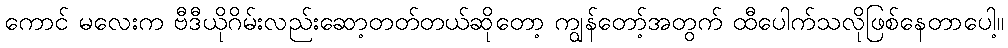
ကောင် မလေးက ဗီဒီယိုဂိမ်းလည်းဆော့တတ်တယ်ဆိုတော့ ကျွန်တော့်အတွက် ထီပေါက်သလိုဖြစ်နေတာပေါ့။